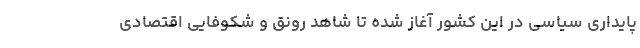
پایداری سیاسی در این کشور آغاز شده تا شاهد رونق و شکوفایی اقتصادی